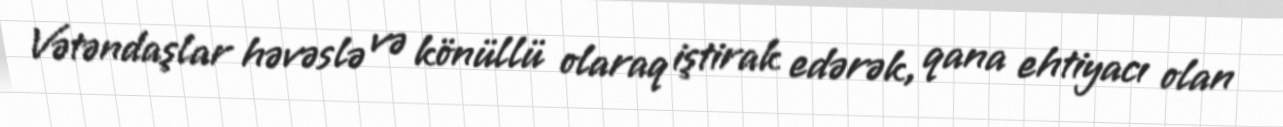
Vətəndaşlar həvəslə və könüllü olaraq iştirak edərək, qana ehtiyacı olan